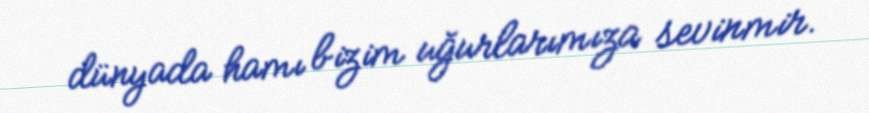
dünyada hamı bizim uğurlarımıza sevinmir.